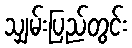
သျှမ်းပြည်တွင်း